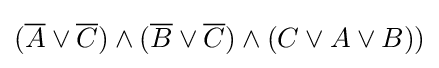
({\overline {A}}\vee {\overline {C}})\wedge ({\overline {B}}\vee {\overline {C}})\wedge (C\vee A\vee B))